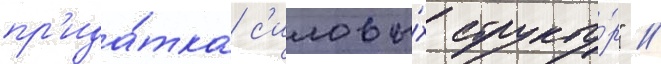
пр'ида́тка с'иловы́х структу́р" //